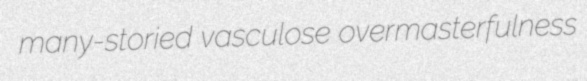
many-storied vasculose overmasterfulness